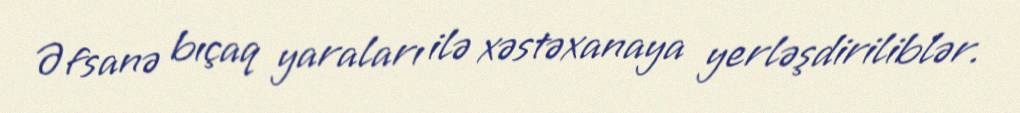
Əfsanə bıçaq yaraları ilə xəstəxanaya yerləşdiriliblər.